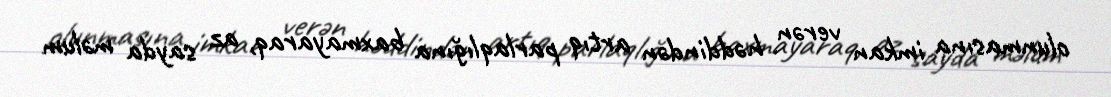
olunmasına imkan verən həddindən artıq parlaqlığına baxmayaraq, az sayda məlum